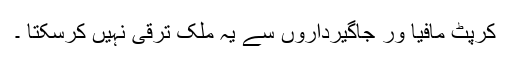
کرپٹ مافیا ور جاگیرداروں سے یہ ملک ترقی نہیں کرسکتا ۔